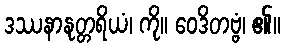
ဒဿနာနုတ္တရိယံ၊ ကို။ ဝေဒိတဗ္ဗံ၊ ၏။